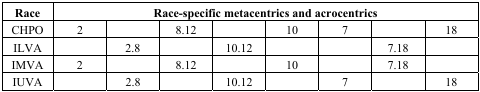
<table><thead><tr><td><b>Race</b></td><td colspan="8"><b>Race-specific metacentrics and acrocentrics</b></td></tr></thead><tbody><tr><td>CHPO</td><td>2</td><td></td><td>8.12</td><td></td><td>10</td><td>7</td><td></td><td>18</td></tr><tr><td>ILVA</td><td></td><td>2.8</td><td></td><td>10.12</td><td></td><td></td><td>7.18</td><td></td></tr><tr><td>IMVA</td><td>2</td><td></td><td>8.12</td><td></td><td>10</td><td></td><td>7.18</td><td></td></tr><tr><td>IUVA</td><td></td><td>2.8</td><td></td><td>10.12</td><td></td><td>7</td><td></td><td>18</td></tr></tbody></table>